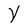
Character: Y